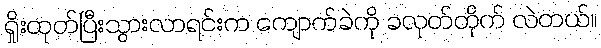
ရှိုးထုတ်ပြီးသွားလာရင်းက ကျောက်ခဲကို ခလုတ်တိုက် လဲတယ်။